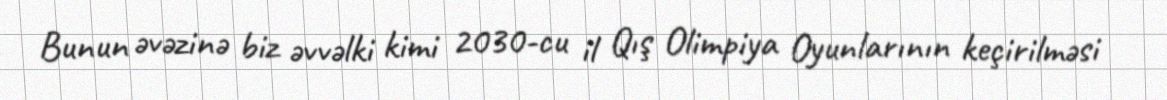
Bunun əvəzinə biz əvvəlki kimi 2030-cu il Qış Olimpiya Oyunlarının keçirilməsi